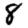
Digit: 8